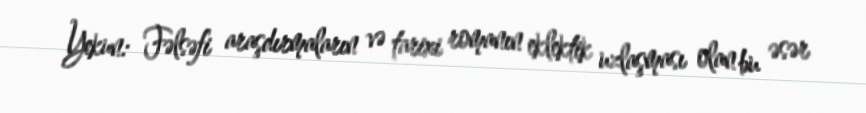
Yekun: Fəlsəfi araşdırmaların və tarixi romanın eklektik uzlaşması olan bu əsər